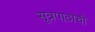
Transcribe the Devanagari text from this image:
सूत्रपाठाची